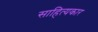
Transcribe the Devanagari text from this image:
साहित्‍यकार